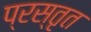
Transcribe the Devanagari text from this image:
प्रस्तृत